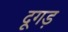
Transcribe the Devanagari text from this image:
दूगड़